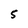
Character: 5